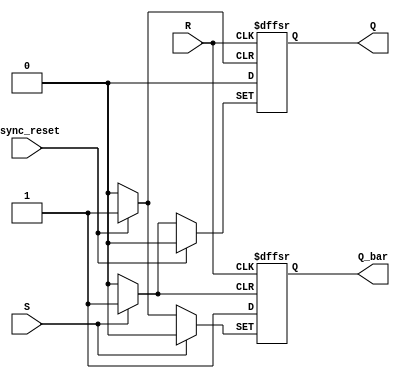
module sr_flipflop (
    input S,
    input R,
    input async_reset,
    output reg Q,
    output reg Q_bar
);

always @ (posedge async_reset or posedge S or posedge R)
begin
    if (async_reset)
    begin
        Q <= 0;
        Q_bar <= 1;
    end
    else if (S)
    begin
        Q <= 1;
        Q_bar <= 0;
    end
    else if (R)
    begin
        Q <= 0;
        Q_bar <= 1;
    end
end

endmodule